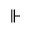
\Vdash